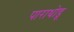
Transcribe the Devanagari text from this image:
पाराथोडू